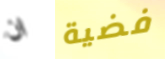
ان فضية